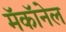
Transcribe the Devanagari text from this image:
मॅकॉनेल